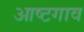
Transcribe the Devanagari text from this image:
आष्टगाव